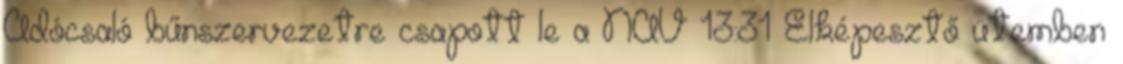
Adócsaló bűnszervezetre csapott le a NAV 13:31 Elképesztő ütemben